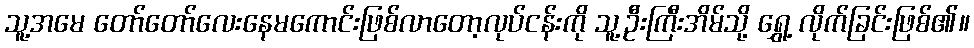
သူ့အမေ တော်တော်လေးနေမကောင်းဖြစ်လာတော့လုပ်ငန်းကို သူ့ဦးကြီးအိမ်သို့ ရွှေ့ လိုက်ခြင်းဖြစ်၏။